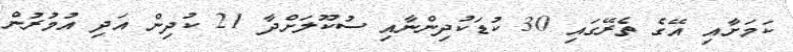
ކަމަށާއި އޭގެ ތެރޭގައި 30 ކުޑަކުދިންނާއި ސުކޫލަށްދާ 21 ކުދިން އަދި އުމުރުން